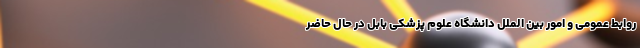
روابط‌ عمومی و امور بین ‌الملل دانشگاه علوم پزشکی بابل در حال حاضر